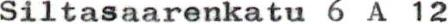
Siltasaarenkatu 6 A 12